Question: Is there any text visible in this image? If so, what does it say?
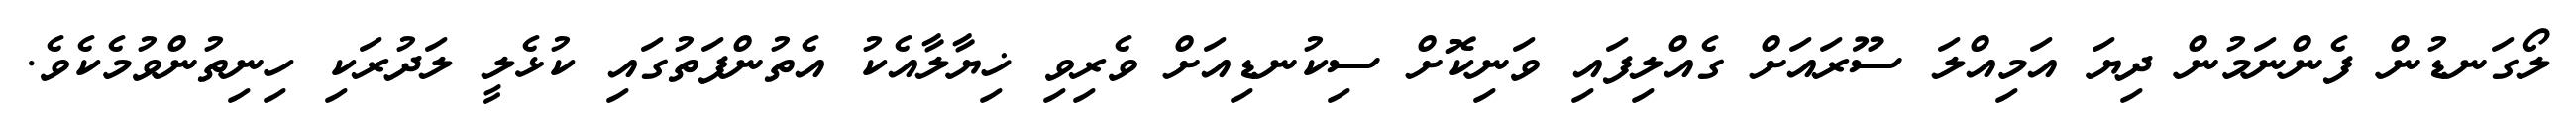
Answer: ލޯގަނޑުން ފެންނަމުން ދިޔަ އަމިއްލަ ސޫރައަށް ގެއްލިފައި ވަނިކޮށް ސިކުނޑިއަށް ވެރިވި ޚިޔާލާއެކު އެތުންފަތުގައި ކުޅެލީ ލަދުރަކި ހިނިތުންވުމެކެވެ.